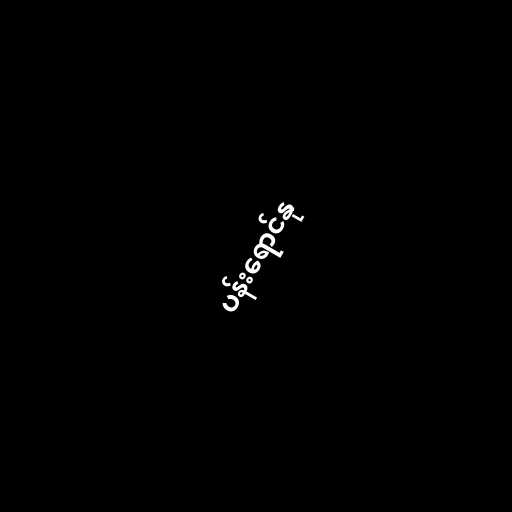
ပန်းရောင်နု